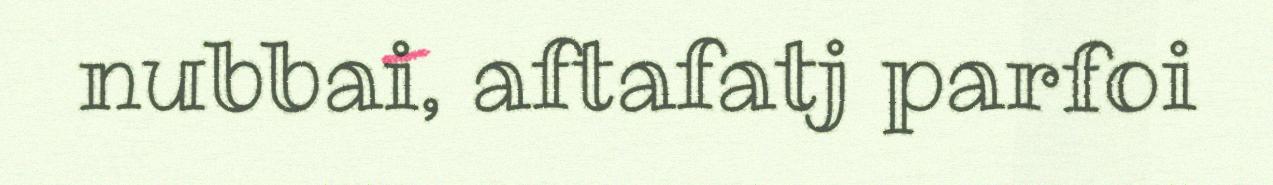
nubbai, aftafatj parfoi